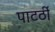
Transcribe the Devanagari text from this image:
पाटर्ठी